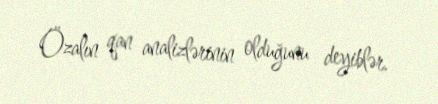
Özalın qan analizlərinin olduğunu deyiblər.